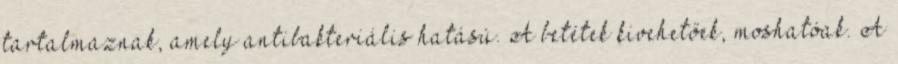
tartalmaznak, amely antibakteriális hatású. A betétek kivehetőek, moshatóak. A